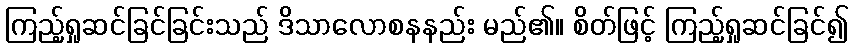
ကြည့်ရှုဆင်ခြင်ခြင်းသည် ဒိသာလောစနနည်း မည်၏။ စိတ်ဖြင့် ကြည့်ရှုဆင်ခြင်၍